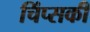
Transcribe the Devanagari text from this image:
चिंप्सकी